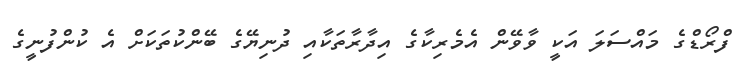
ފްރޯޑްގެ މައްސަލަ އަކީ ވާވޭން އެމެރިކާގެ އިދާރާތަކާއި ދުނިޔޭގެ ބޭންކުތަކަށް އެ ކުންފުނީގެ